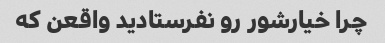
چرا خیارشور رو نفرستادید واقعن که